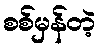
စစ်မှန်တဲ့